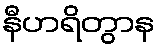
နီဟရိတွာန